Insane asylums in Bengal annual reports 1876-1887 - 1876-1887
Year: 1876
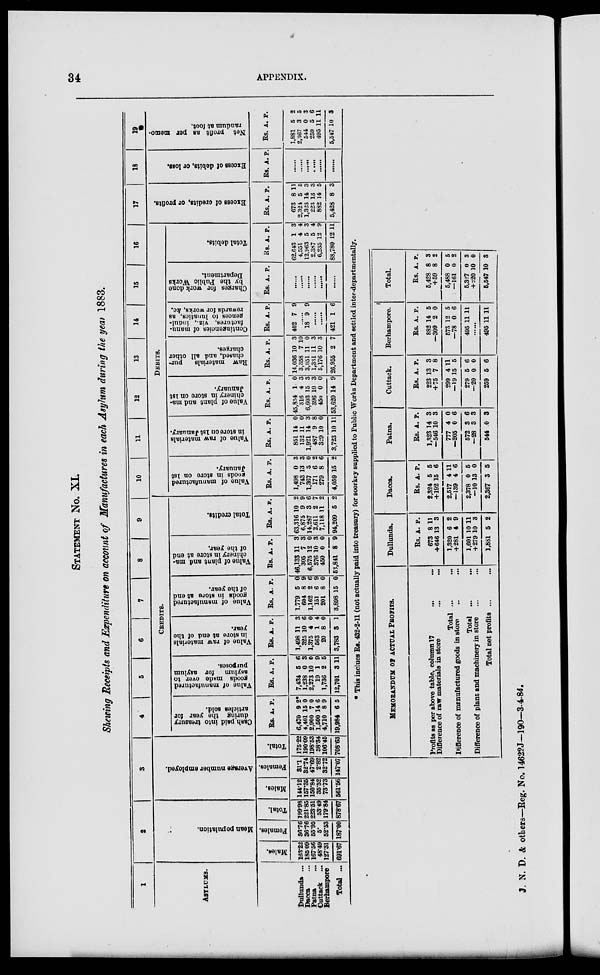
34
APPENDIX.
STATEMENT No. XI.
Showing Receipts and Expenditure on account of Manufactures in each Asylum during the year 1883.
1
ASYLUMS.
Dullunda ...
Dacca ...
Patna
...
Cuttack ...
Berhampore
Total ...
2
Mean population.
Males.
163.22
185 09
167.56
48.49
127.31
691.67
Females.
36.76
36.76
55.95
5.
52.53
187.00
Total.
199.98
221.85
223.51
53.49
179.84
878.67
3
Average number employed.
Males.
144.12
157.35
150.84
35.52
73.73
561.56
Females.
31.1
32.74
47.69
2.82
32.72
147.07
Total.
175.22
190.09
198.53
38.34
106.45
708.63
4
5
6
7
8
9
CREDITS.
Cash paid into treasury
during the year tor
articles sold.
Rs.
6,470
4,401
2,900
1,500
4,710
19,984
A.
9
15
7
14
8
6
P.
2*
0
0
6
9
5
Value of manufactured
goods made over to
asylum for asylum
purposes.
Rs.
7,434
1,238
2,273
19
1,736
12,701
A.
5
0
10
1
2
3
P.
6
3
0
9
5
11
Value of raw materials
in store at end of the
year.
Rs.
1,498
325
1,375
563
20
3,783
A.
11
10
4
1
8
3
P.
3
6
0
4
0
1
Value of manufactured
goods in store at end
of the year.
Rs.
1,779
604
1,162
151
201
3,898
A.
5
8
2
6
8
15
P.
0
9
6
9
0
0
Value of plant and ma-
chinery in store at end
of the year.
Rs.
46,133
305
6,575
376
450
53,841
A.
11
7
12
10
0
8
P.
3
3
0
3
0
9
Total credits.
Rs.
63,316
6,875
14,287
2,611
7,118
94,209
A.
10
9
3
2
11
5
P.
2
9
6
7
2
2
10
11
12
13
14
15
16
Debits.
Value of manufactured
goods in store on 1st
January.
Rs.
1,498
743
1,367
171
279
4,059
A.
0
13
3
6
8
15
P.
3
3
0
2
6
2
Value of raw materials
in store on 1st January.
Rs.
851
132
1,921
487
329
3,723
A.
14
11
14
9
10
10
P.
0
0
3
8
0
11
Value of plant and ma-
chinery in store on 1st
January.
Rs.
45,854
316
6,603
396
450
53,620
A.
1
4
15
10
0
14
P.
0
3
3
3
0
9
Raw materials
pur-
chased, and all other
charges.
Rs.
14,036
3,358
3,051
1,331
5,176
26,955
A.
10
7
11
11
10
2
P.
3
10
0
3
3
7
Contingencies of manu-
factures, viz., indul-
gences to lunatics, as
rewards for works, &c.
Rs.
402
A.
7
P.
9
......
18 9 9
......
......
421 1 6
Charges for work done
by the Public Works
Department.
Rs. A. P.
......
......
......
......
......
......
Total debits.
Rs.
62,643
4,551
12,963
2,387
6,235
88,780
A.
1
4
5
5
12
12
P.
3
4
3
4
9
11
17
Excess of credits, or profits.
Rs.
673
2,324
1,323
223
882
5,423
A.
8
5
14
13
14
8
P.
11
5
3
3
5
3
18
Excess of debits, or loss.
Rs. A. P.
......
......
......
......
......
......
19
Net profit as per memo¬
randum at foot.
Rs.
1,881
2,367
544
259
495
5,547
A.
5
3
0
5
11
10
P.
2
5
3
6
11
3
This indues Rs. 432-2-11 (not actually paid into treasury) for soorkey supplied to Public Works Department and settled inter-departmentally.
MEMORANDUM OF ACTUAL PROFITS.
Profits as per above table, column 17
...
...
Difference of raw materials in store
...
...
Total ... ...
Difference of manufactured goods in store ...
...
Total ...
Difference of plant and machinery in store ...
Total net profits ... ...
Dullunda.
Rs.
673
+646
1,320
+281
1,601
+279
1,881
A.
8
13
6
4
10
10
5
P.
11
3
2
9
11
3
2
Dacca.
Rs.
2,324
+192
2,517
—139
2,378
—10
2,367
A.
5
15
4
4
0
13
3
P.
5
6
11
6
5
0
5
Patna.
Rs.
1,323
—546
777
–205
572
–28
544
A.
14
10
4
0
3
3
0
P.
3
3
0
6
6
3
3
Cuttack.
Rs.
223
+ 75
299
—19
279
—20
259
A.
13
7
4
15
5
0
5
P.
3
8
11
5
6
0
6
Berhampore.
Rs.
882
—309
573
—78
495
A.
14
2
12
0
11
P.
5
0
5
6
11
......
495 11 11
Total.
Rs.
5,428
+59
5,488
—161
5,327
+220
5,547
A.
8
8
0
0
0
10
10
P.
3
2
5
2
3
0
3
J. N. D. & others...Reg. No. 14622J–190–3-4-84.